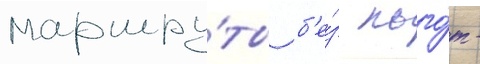
маршру́ты б'е́з льго́т -